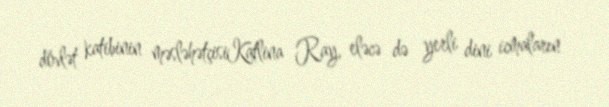
dövlət katibinin məsləhətçisiKatlina Ray, eləcə də yerli dini icmaların